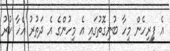
އެ ފިިރިހެން މީހާ ބުނިގޮތުގައި އެ މީހުުންގެ އެ ދަތުރު އެހާ ކުރު